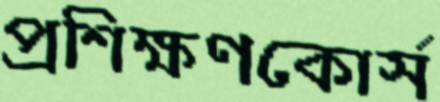
প্রশিক্ষণকোর্স